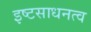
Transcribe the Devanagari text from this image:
इष्टसाधनत्व